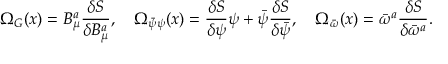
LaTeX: { \mit \Omega } _ { G } ( x ) = B _ { \mu } ^ { a } \frac { \delta S } { \delta B _ { \mu } ^ { a } } , \quad { \mit \Omega } _ { \bar { \psi } \psi } ( x ) = \frac { \delta S } { \delta \psi } \psi + \bar { \psi } \frac { \delta S } { \delta \bar { \psi } } , \quad { \mit \Omega } _ { \bar { \omega } } ( x ) = \bar { \omega } ^ { a } \frac { \delta S } { \delta \bar { \omega } ^ { a } } .